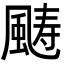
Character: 𩗡